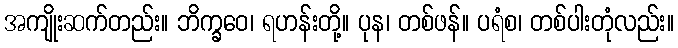
အကျိုးဆက်တည်း။ ဘိက္ခဝေ၊ ရဟန်းတို့။ ပုန၊ တစ်ဖန်။ ပရံစ၊ တစ်ပါးတုံလည်း။